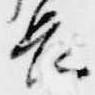
長